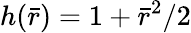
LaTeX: h(\bar{r})=1+{\bar{r}}^{2}/2